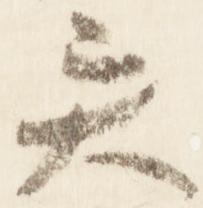
異